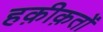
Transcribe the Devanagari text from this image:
हक़ीक़तों